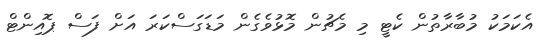
އެކަމަކު މުބާރާތުން ކެޓީ މި މެޗުން މޮޅުވެގެން މަޑަގަސްކަރަ އަށް ފަސް ޕޮއިންޓް